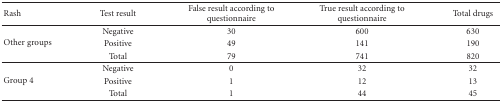
<table><thead><tr><td><b>Rash</b></td><td><b>Test result</b></td><td><b>False result according to questionnaire</b></td><td><b>True result according to questionnaire</b></td><td><b>Total drugs</b></td></tr></thead><tbody><tr><td rowspan="3">Other groups</td><td>Negative</td><td>30</td><td>600</td><td>630</td></tr><tr><td>Positive</td><td>49</td><td>141</td><td>190</td></tr><tr><td>Total</td><td>79</td><td>741</td><td>820</td></tr><tr><td rowspan="3">Group 4</td><td>Negative</td><td>0</td><td>32</td><td>32</td></tr><tr><td>Positive</td><td>1</td><td>12</td><td>13</td></tr><tr><td>Total</td><td>1</td><td>44</td><td>45</td></tr></tbody></table>